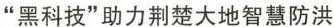
”黑科技”助力荆楚大地智慧防洪